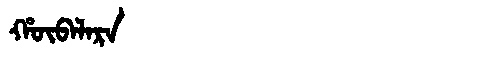
Manchu: ᡥᡡᠪᠠᠯᠠᡵᠠ
Romanization: HŪBALARA